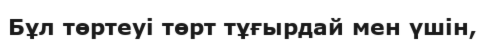
Бұл төртеуі төрт тұғырдай мен үшін,